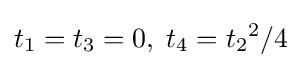
t_{1}=t_{3}=0,\;t_{4}={t_{2}}^{2}/4